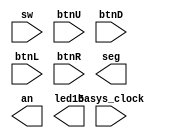
`timescale 1ns / 1ps
//////////////////////////////////////////////////////////////////////////////////
// Company: 
// Engineer: 
// 
// Design Name: 
// Module Name: Graph_Algos
// Project Name: 
// Target Devices: 
// Tool Versions: 
// Description: 
// 
// Dependencies: 
// 
// Revision:
// Revision 0.01 - File Created
// Additional Comments:
// 
//////////////////////////////////////////////////////////////////////////////////


module Graph_Algos(
    input basys_clock,
    input [15:0] sw,
    input btnU, btnD, btnL, btnR,
    output reg [6:0] seg,
    output reg [3:0] an,
    output reg led15
    );
    
endmodule